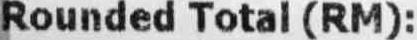
ROUNDED TOTAL (RM):